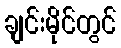
ချင်းမိုင်တွင်